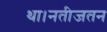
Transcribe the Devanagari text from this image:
था।नतीजतन